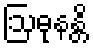
ဩဓုနန္တိ